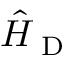
\hat { H } _ { \textrm { D } }